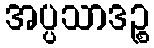
အပ္ပသာဒဉ္စ